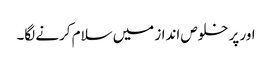
اور پر خلوص انداز میں سلام کرنے لگا۔